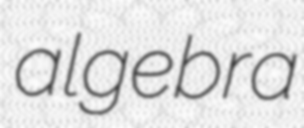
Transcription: algebra